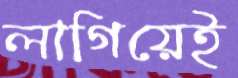
লাগিয়েই